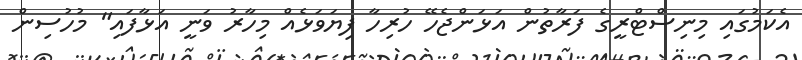
އެކަމުގައި މިނިސްޓްރީގެ ފަރާތުން އަޅަންޖެހޭ ހުރިހާ ފިޔަވަޅެއް މިހާރު ވަނީ އަޅާފައި" މުހުސިން